Indian journal of veterinary science and animal husbandry - Volumes 15-17, 1948-1951
Year: 1948
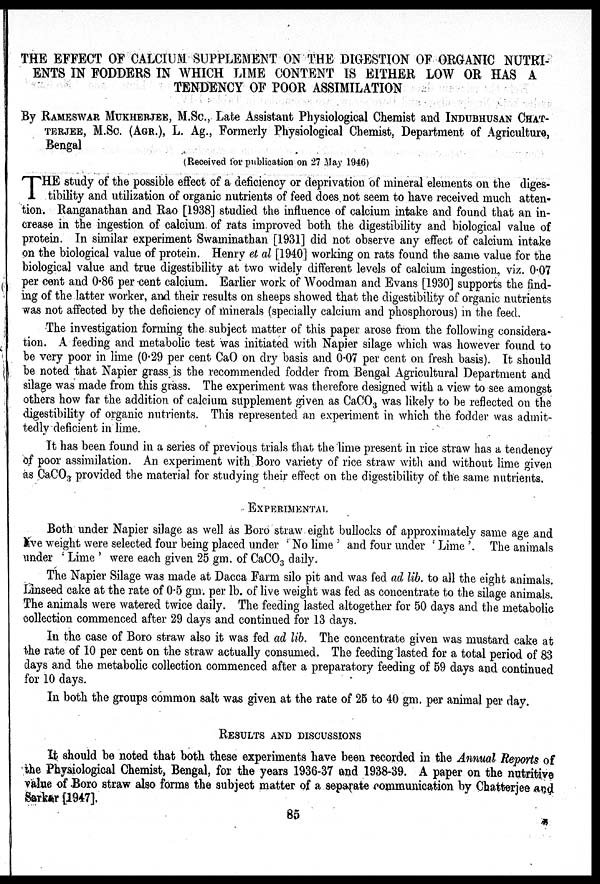
THE EFFECT OF CALCIUM SUPPLEMENT ON THE DIGESTION OF ORGANIC NUTRI-
ENTS IN FODDERS IN WHICH LIME CONTENT IS EITHER LOW OR HAS A
TENDENCY OF POOR ASSIMILATION
By RAMESWAR MUKHERJEE, M.Sc., Late Assistant Physiological Chemist and INDUBHUSAN CHAT-
TERJEE, M.Sc. (AGR.), L. Ag., Formerly Physiological Chemist, Department of Agriculture,
Bengal
(Received for publication on 27 May 1946)
T HE study of the possible effect of a deficiency or deprivation of mineral elements on the diges-
tibility and utilization of organic nutrients of feed does not seem to have received much atten-
tion. Ranganathan and Rao [1938] studied the influence of calcium intake and found that an in-
crease in the ingestion of calcium of rats improved both the digestibility and biological value of
protein. In similar experiment Swaminathan [1931] did not observe any effect of calcium intake
on the biological value of protein. Henry et al [1940] working on rats found the same value for the
biological value and true digestibility at two widely different levels of calcium ingestion, viz. 0.07
per cent and 0.86 per cent calcium. Earlier work of Woodman and Evans [1930] supports the find-
ing of the latter worker, and their results on sheeps showed that the digestibility of organic nutrients
was not affected by the deficiency of minerals (specially calcium and phosphorous) in the feed.
The investigation forming the subject matter of this paper arose from the following considera-
tion. A feeding and metabolic test was initiated with Napier silage which was however found to
be very poor in lime (0.29 per cent CaO on dry basis and 0.07 per cent on fresh basis). It should
be noted that Napier grass is the recommended fodder from Bengal Agricultural Department and
silage was made from this grass. The experiment was therefore designed with a view to see amongst
others how far the addition of calcium supplement given as CaCO 3 was likely to be reflected on the
digestibility of organic nutrients. This represented an experiment in which the fodder was admit-
tedly deficient in lime.
It has been found in a series of previous trials that the lime present in rice straw has a tendency
of poor assimilation. An experiment with Boro variety of rice straw with and without lime given
as CaCO 3 provided the material for studying their effect on the digestibility of the same nutrients.
EXPERIMENTAL
Both under Napier silage as well as Boro straw eight bullocks of approximately same age and
ive weight were selected four being placed under 'No lime' and four under 'Lime'. The animals
under 'Lime' were each given 25 gm. of CaCO 3 daily.
The Napier Silage was made at Dacca Farm silo pit and was fed ad lib. to all the eight animals.
Linseed cake at the rate of 0.5 gm. per lb. of live weight was fed as concentrate to the silage animals.
The animals were watered twice daily. The feeding lasted altogether for 50 days and the metabolic
collection commenced after 29 days and continued for 13 days.
In the case of Boro straw also it was fed ad lib. The concentrate given was mustard cake at
the rate of 10 per cent on the straw actually consumed. The feeding lasted for a total period of 83
clays and the metabolic collection commenced after a preparatory feeding of 59 days and continued
for 10 days.
In both the groups common salt was given at the rate of 25 to 40 gm. per animal per day.
RESULTS AND DISCUSSIONS
It should be noted that both these experiments have been recorded in the Annual Reports of
the Physiological Chemist, Bengal, for the years 1936-37 and 1938-39. A paper on the nutritive
value of Boro straw also forms the subject matter of a separate communication by Chatterjee and
Sarkar [1947].
85
E